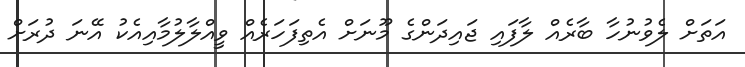
އަތަށް ލެވުނުހާ ބާރެއް ލާފައި ޖައިދަންގެ މޫނަށް އެތިފަހަރެއް ވީއްލާލުމާއިއެކު އޭނަ ދުރަށް